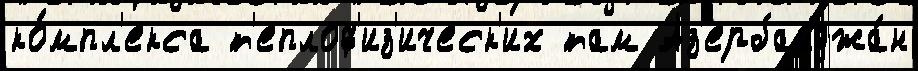
ко́мпл'екса т'еплоф'из'ическ'их там Аз'ербайджа́н